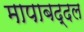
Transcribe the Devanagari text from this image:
मापाबद्दल